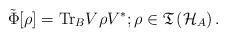
LaTeX: \begin{align*}\tilde{\Phi}[\rho ]=\mathrm{Tr}_{B}V\rho V^{\ast };\rho \in \mathfrak{T}\left( \mathcal{H}_{A}\right) . \end{align*}